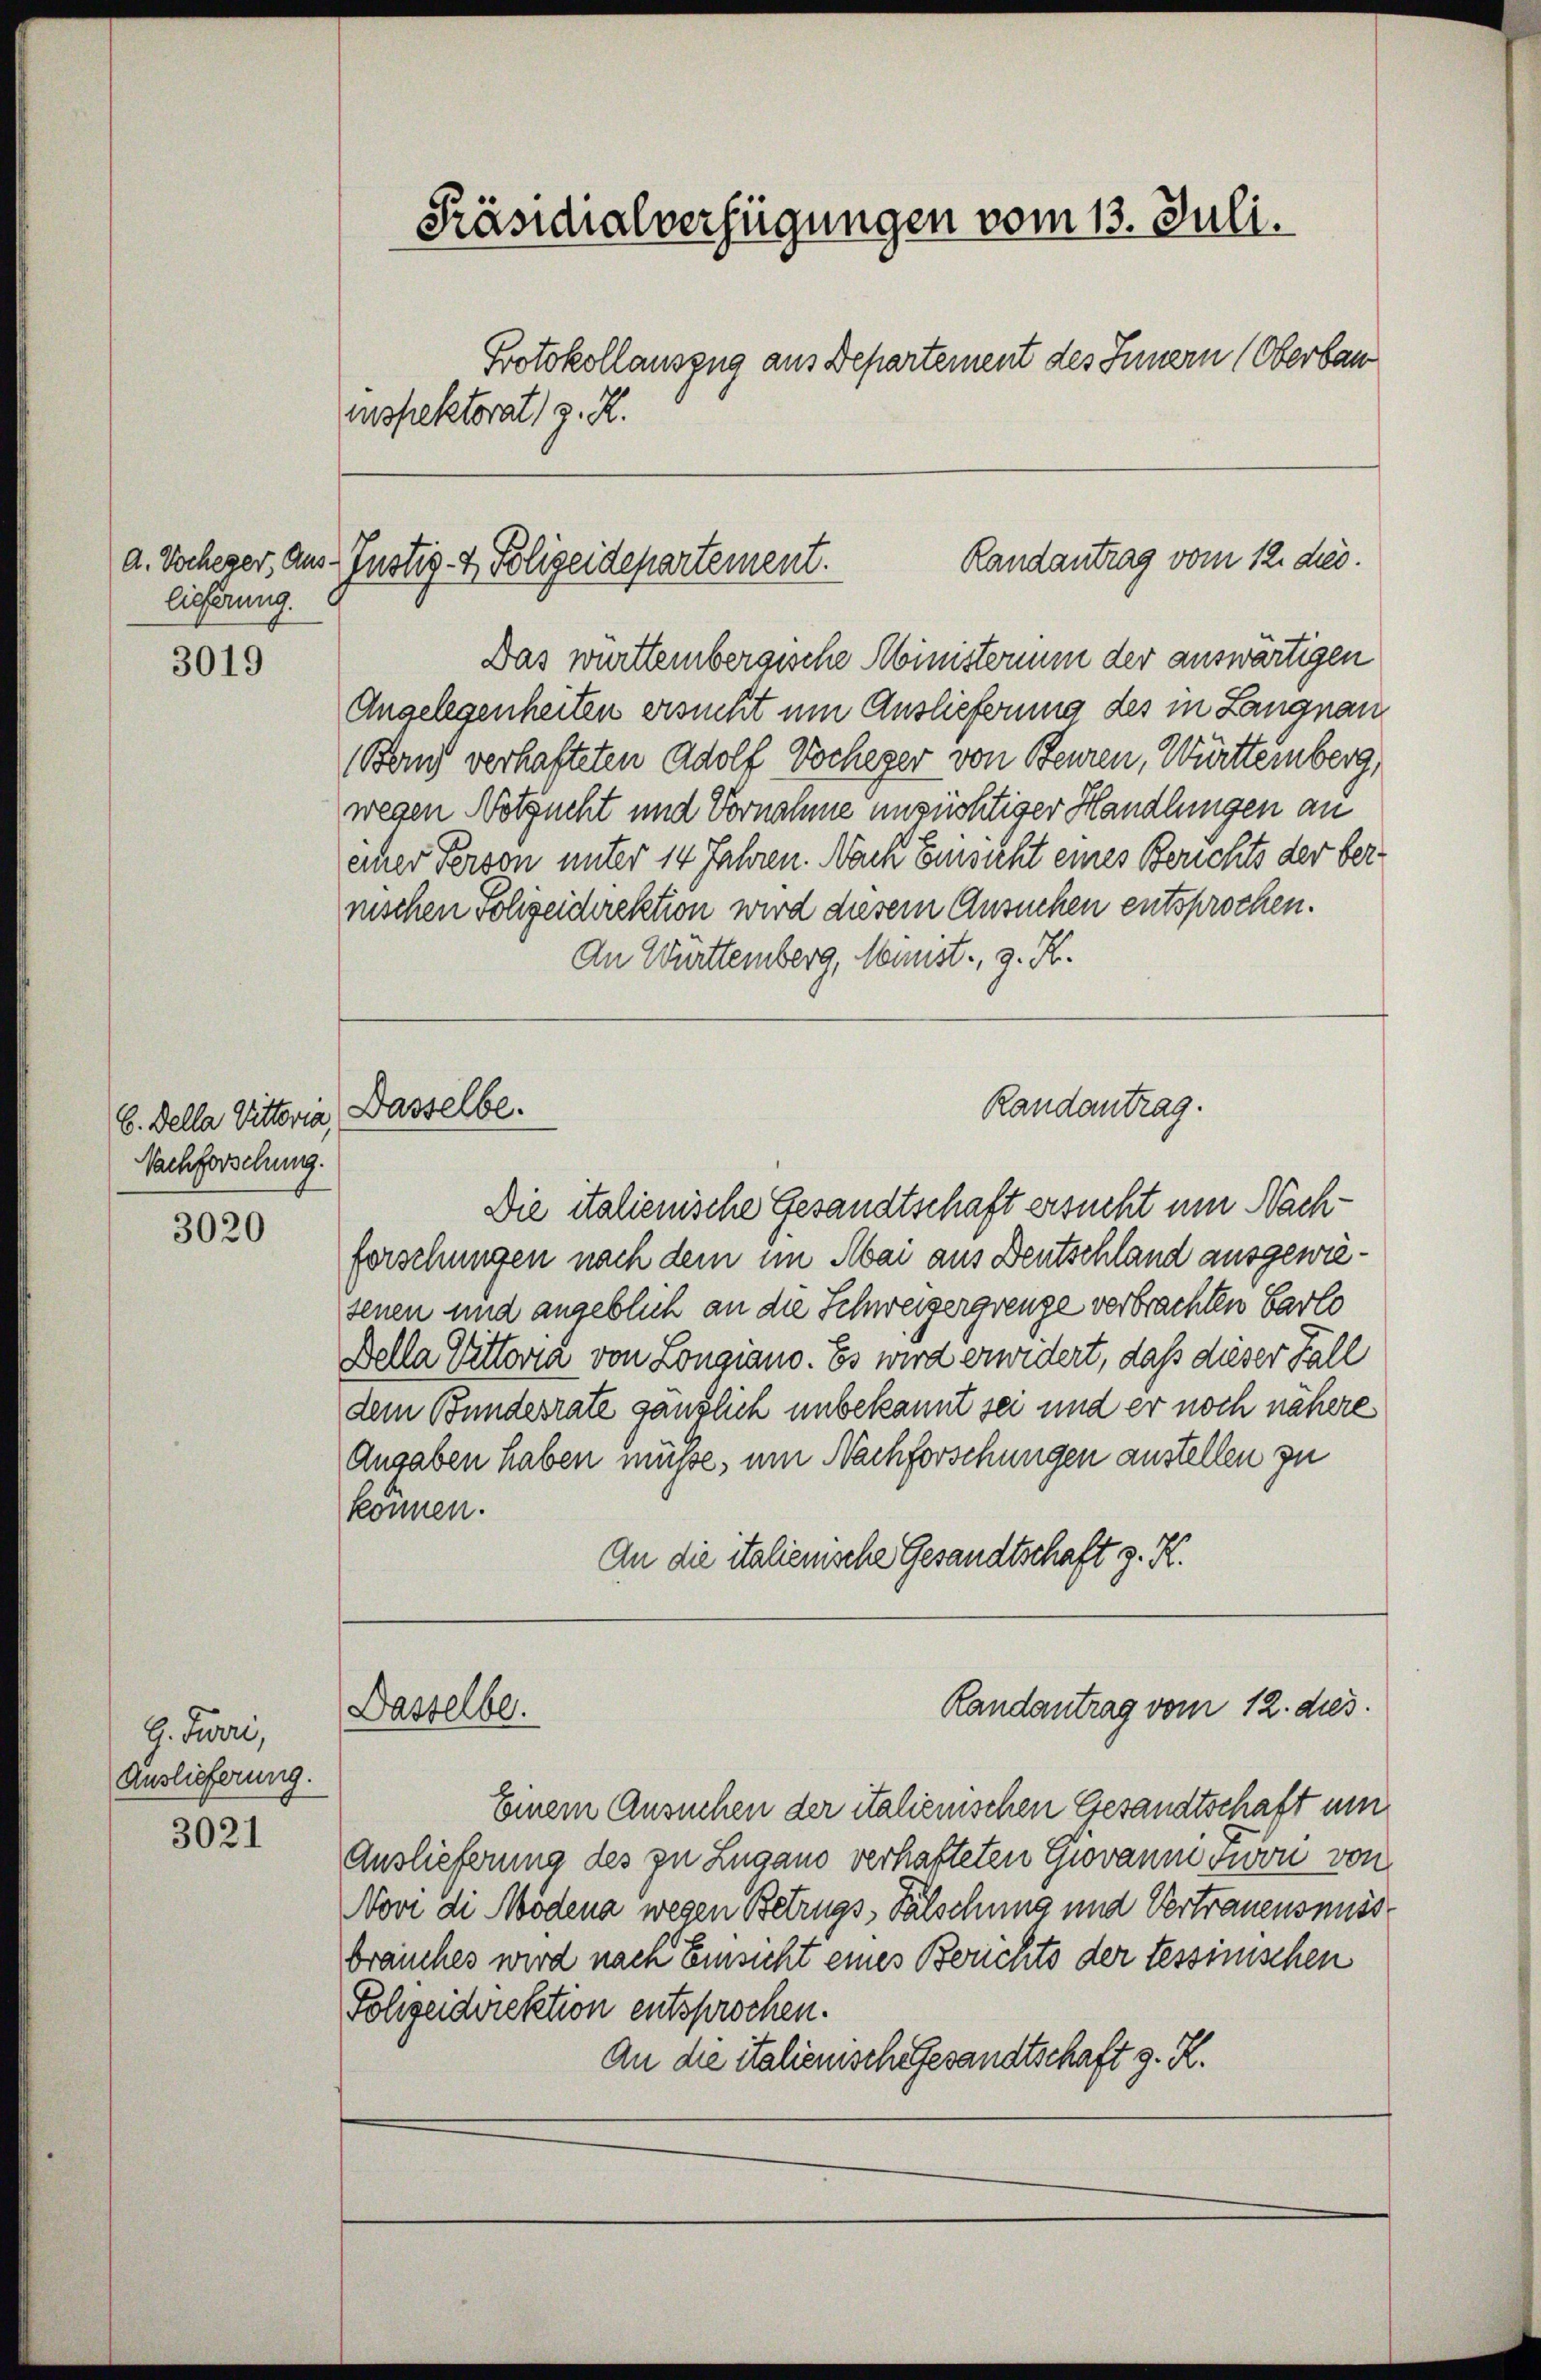
d. Wocheger, Aus-
lieferung.

3019

b. della Bitteria, Dasselbe.
Nachforschung.

3020

9. Juri,
Auslieferung.

3021

Präsidialverfügungen vom 13. Juli.
Protokollauszug aus Departement des Innern (Oberbau
inspektorat, z. R.

Randantrag vom 12. ds.
Justiz- & Polizeidepartement.

Das württembergische Ministerium der auswärtigen
Angelegenheiten ersucht um Auslieferung des in Langnau
(Bon verhafteten Adolf Wocheger von Beuren, Württemberg,
wegen Notzucht und Vornahme unzüchtiger Handlungen an
einer Person unter 14 Jahren. Nach Einsicht eines Berichts der ber
nischen Folzeidirektion wird diesem Ansuchen entsprochen.
An Württemberg, Maust, z. K.
Die italienische Gesandtschaft ersucht um Nachforschungen nach dem im Mai aus Deutschland ausgewiesenen und angeblich an die Schweizergrenze verbrachten Carlo
Bella Vittoria von Longiano. Es wird erwidert, daß dieser Fall
dem Bundesrate gänzlich unbekannt sei und er noch nähere
Angaben haben müsse, um Nachforschungen austellen zu
können.
An die italienische Gesandtschaft z. K.
Randantrag vom 12. dies
Dasselbe.
Einem Ansuchen der italienischen Gesandtschaft um
Auslieferung des zu Lugano verhafteten Giovanne son von
Novi di Modena wegen Betrugs-Fälschung und Vertrauensmiss
brauches wird nach Einsicht eines Berichts der tessinischen
Polizeidirektion entsprochen.
An die italienisch Gesandtschaft z. R.

Randantrag.